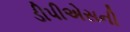
ડીપીએસની